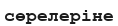
сөрелеріне